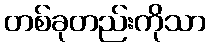
တစ်ခုတည်းကိုသာ